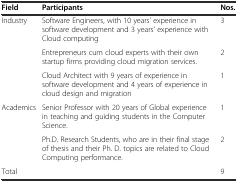
| Field | Participants | Nos. |
 | --- | --- | --- |
 | <ROWSPAN=3> Industry | Software Engineers, with 10 years’ experience in software development and 3 years’ experience with Cloud computing | 3 |
 | Entrepreneurs cum cloud experts with their own startup firms providing cloud migration services. | 2 |
 | Cloud Architect with 9 years of experience in software development and 4 years of experience in cloud design and migration | 1 |
 | <ROWSPAN=2> Academics | Senior Professor with 20 years of Global experience in teaching and guiding students in the Computer Science. | 1 |
 | Ph.D. Research Students, who are in their final stage of thesis and their Ph. D. topics are related to Cloud Computing performance. | 2 |
 | <COLSPAN=2> Total | 9 |